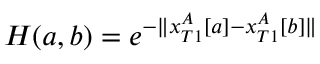
H ( a , b ) = e ^ { - \| { x _ { T 1 } ^ { A } [ a ] - x _ { T 1 } ^ { A } [ b ] \| } }